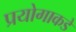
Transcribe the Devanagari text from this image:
प्रयोगाकडे